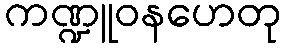
ကဏ္ဍူဝနဟေတု